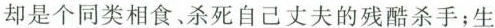
却是个同类相食。杀死自己丈夫的残酷杀手；生